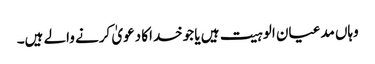
وہاں مدعیان الوہیت ہیں یا جوخداکا دعویٰ کرنے والے ہیں۔